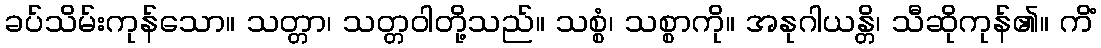
ခပ်သိမ်းကုန်သော။ သတ္တာ၊ သတ္တဝါတို့သည်။ သစ္စံ၊ သစ္စာကို။ အနုဂါယန္တိ၊ သီဆိုကုန်၏။ ကိံ